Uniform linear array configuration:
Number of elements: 48
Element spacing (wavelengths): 1
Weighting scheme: uniform
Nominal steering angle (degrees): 60
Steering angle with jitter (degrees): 60.37
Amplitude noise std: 0.05
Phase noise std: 0.05

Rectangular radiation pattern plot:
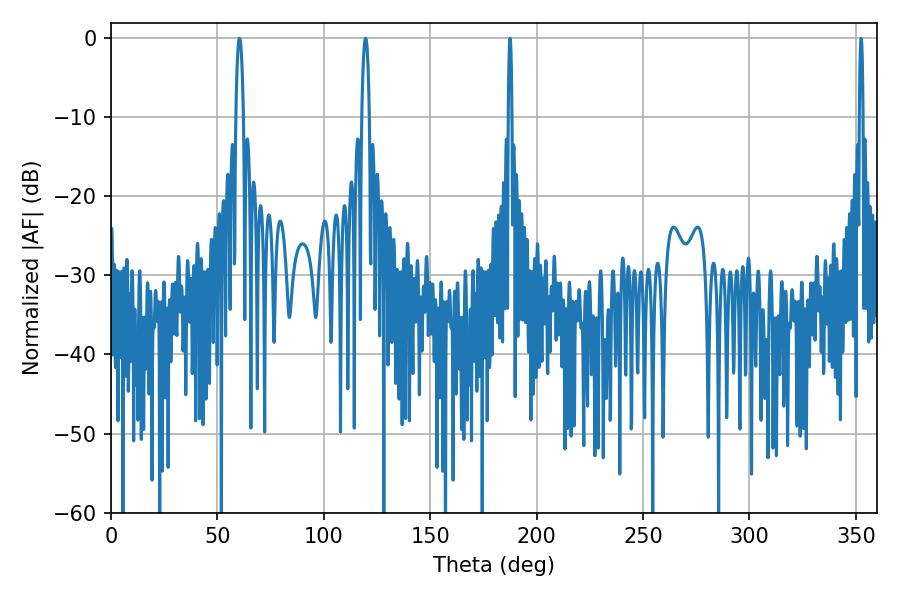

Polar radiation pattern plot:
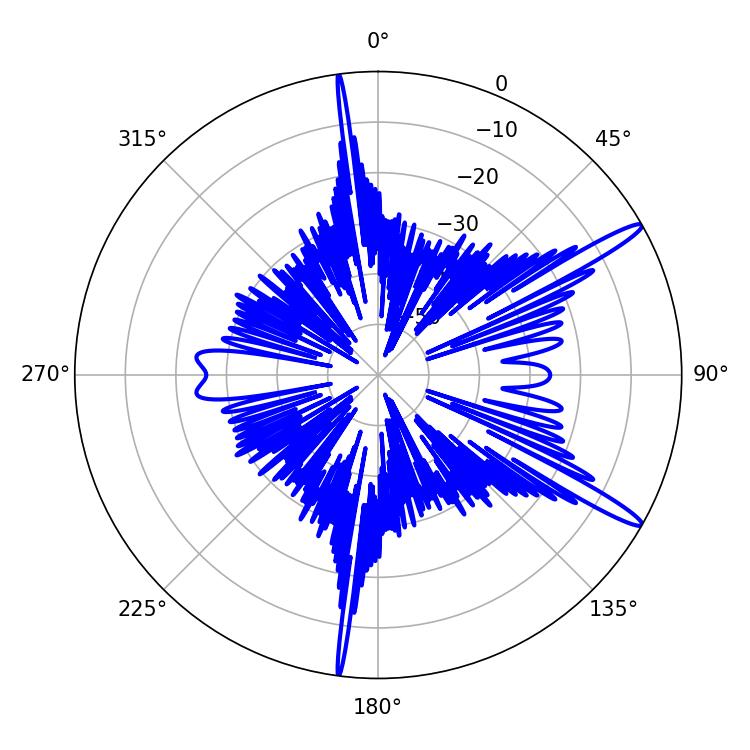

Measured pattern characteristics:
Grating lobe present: TRUE
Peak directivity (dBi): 14.77
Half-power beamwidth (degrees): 1.98
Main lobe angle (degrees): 60.3